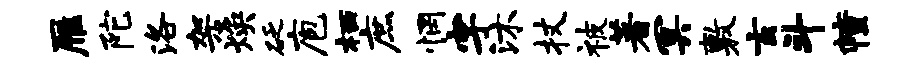
雁陀洛架焕砭庖栖庶惘字沐杖被著冥敷玄斗幢